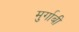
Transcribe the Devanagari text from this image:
मुर्गाबी